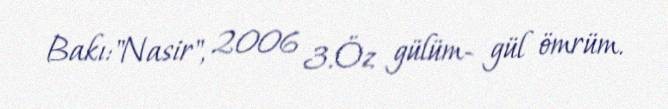
Bakı:"Nasir", 2006 3.Öz gülüm- gül ömrüm.